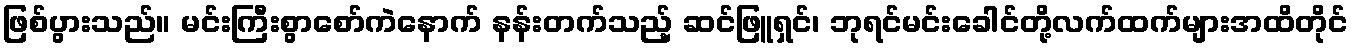
ဖြစ်ပွားသည်။ မင်းကြီးစွာစော်ကဲနောက် နန်းတက်သည့် ဆင်ဖြူရှင်၊ ဘုရင်မင်းခေါင်တို့လက်ထက်များအထိတိုင်